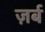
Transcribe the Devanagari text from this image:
ज़र्ब